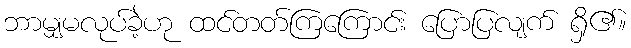
ဘာမျှမလုပ်ခဲ့ဟု ထင်တတ်ကြကြောင်း ပြောပြလျက် ရှိ၏။